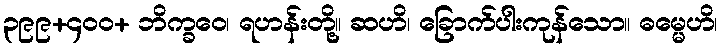
၃၉၉+၄၀၀+ ဘိက္ခဝေ၊ ရဟန်းတို့။ ဆဟိ၊ ခြောက်ပါးကုန်သော။ ဓမ္မေဟိ၊